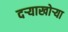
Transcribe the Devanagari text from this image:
दर्‍याखोर्‍या